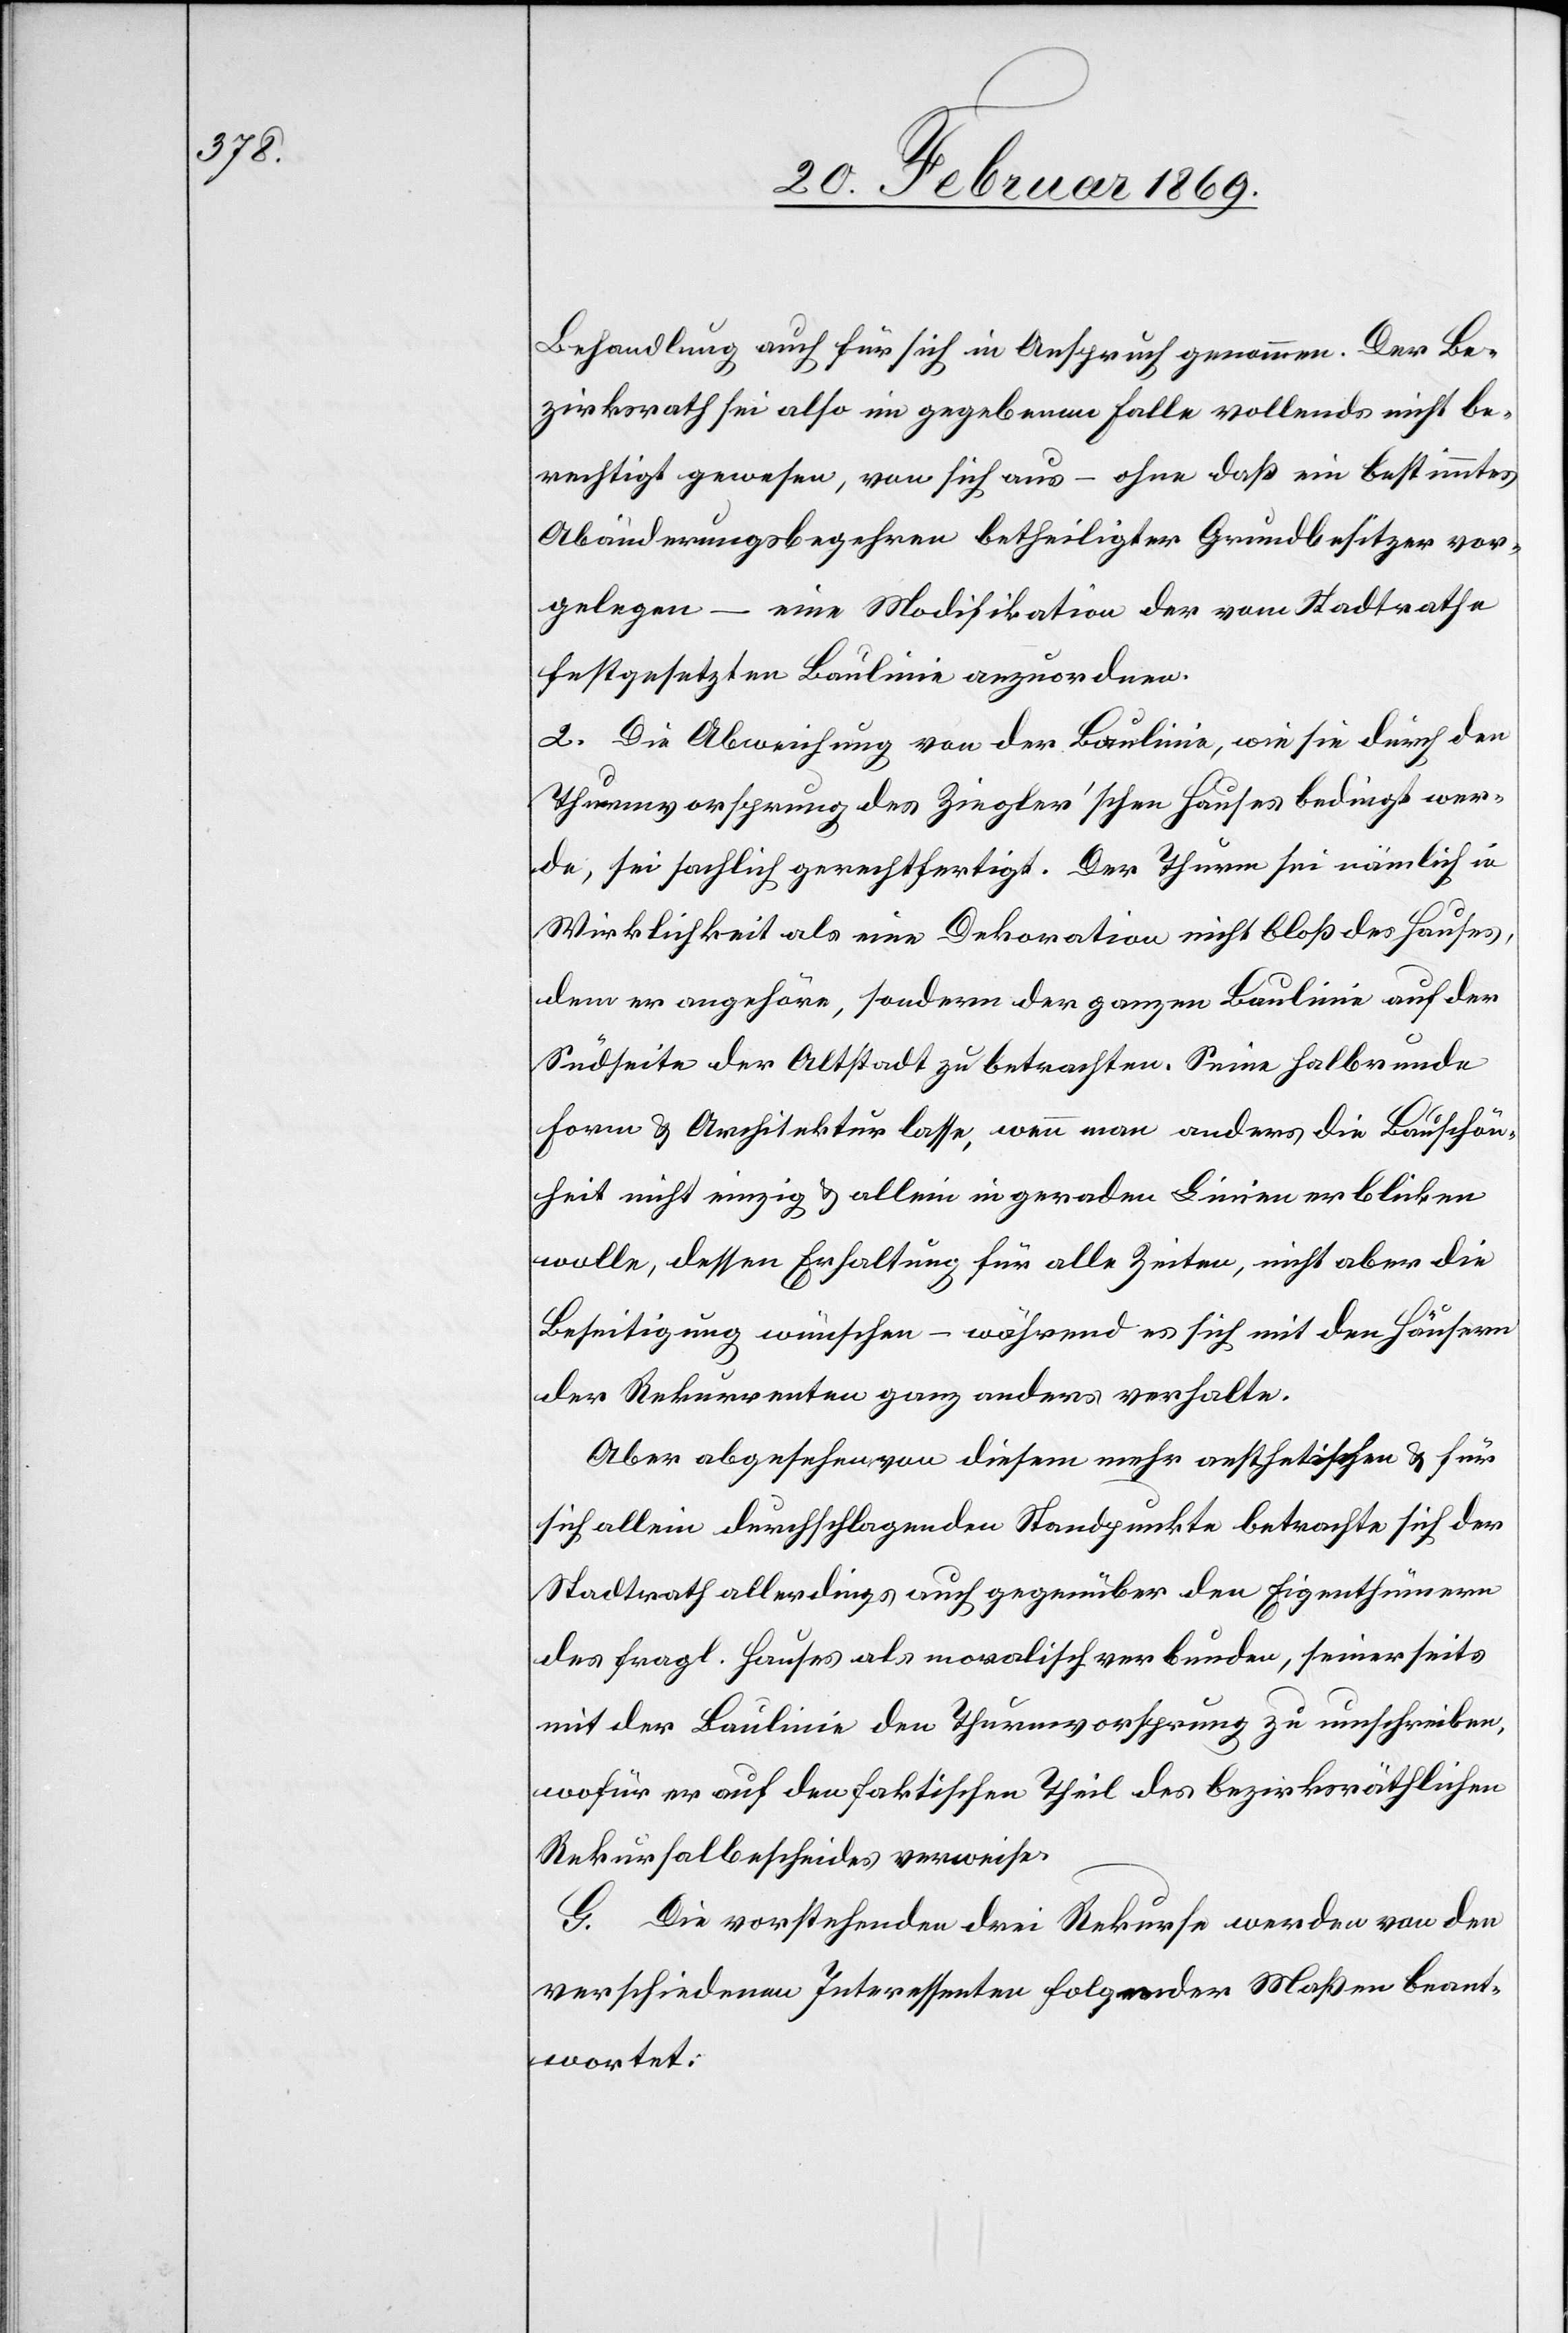
Behandlung auch für sich in Anspruch genommen. Der Be¬
zirksrath sei also im gegebenen Falle vollends nicht be¬
rechtigt gewesen, von sich aus – ohne daß ein bestimmtes
Abänderungsbegehren betheiligter Grundbesitzer vor¬
gelegen – eine Modifikation der vom Stadtrathe
festgesetzten Baulinie anzuordnen.
2. Die Abweichung von der Baulinie, wie sie durch den
Thurmvorsprung des Ziegler’schen Hauses bedingt wer¬
de, sei sachlich gerechtfertigt. Der Thurm sei nämlich in
Wirklichkeit als eine Dekoration nicht bloß des Hauses,
dem er angehöre, sondern der ganzen Baulinie auf der
Südseite der Altstadt zu betrachten. Seine halbrunde
Form & Architektur lasse, wenn man anders die Bauschön¬
heit nicht einzig & allein in geraden Linien erblicken
wolle, dessen Erhaltung für alle Zeiten, nicht aber die
Beseitigung wünschen – während es sich mit den Häusern
der Rekurrenten ganz anders verhalte.
Aber abgesehen von diesem mehr aesthetischen & für
sich allein durchschlagenden Standpunkte betrachte sich der
Stadtrath allerdings auch gegenüber den Eigenthümern
des fragl. Hauses als moralisch verbunden, seinerseits
mit der Baulinie den Thurmvorsprung zu umschreiben,
wofür er auf den faktischen Theil des bezirksräthlichen
Rekursalbescheides verweise.
G. Die vorstehenden drei Rekurse werden von den
verschiedenen Interessenten folgender Maßen beant¬
wortet: